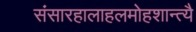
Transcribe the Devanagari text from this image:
संसारहालाहलमोहशान्त्यै